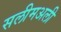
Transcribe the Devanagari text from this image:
सलीमअली